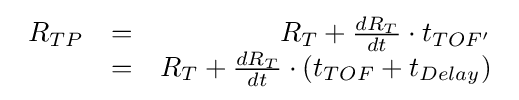
{\begin{array}{lcr}R_{TP}&=&R_{T}+{\frac {dR_{T}}{dt}}\cdot t_{TOF'}\\&=&R_{T}+{\frac {dR_{T}}{dt}}\cdot \left(t_{TOF}+t_{Delay}\right)\end{array}}